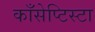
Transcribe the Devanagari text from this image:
काँसेप्टिस्टा